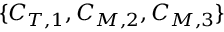
\{ C _ { T , 1 } , C _ { M , 2 } , C _ { M , 3 } \}